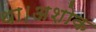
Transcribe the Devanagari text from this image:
था।अशोक